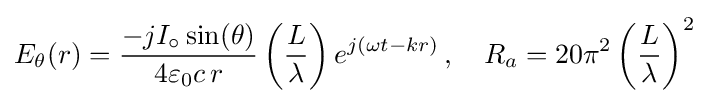
E_{\theta }(r)={-jI_{\circ }\sin(\theta ) \over 4\varepsilon _{0}c\,r}\left({L \over \lambda }\right)e^{j\left(\omega t-kr\right)}\,,\quad R_{a}=20\pi ^{2}\left({L \over \lambda }\right)^{2}